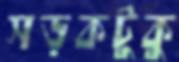
সড়কটুকু